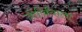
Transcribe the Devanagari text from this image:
जोर्जियाला